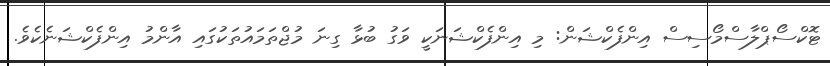
ޓޮކްސޯޕްލާސްމޯސިސް އިންފެކްޝަން: މި އިންފެކްޝަނަކީ ވަގު ބުޅާ ގިނަ މުޖްތަމައުތަކުގައި އާންމު އިންފެކްޝަނެކެވެ.